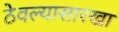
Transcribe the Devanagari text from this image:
ठेवल्यासारखा